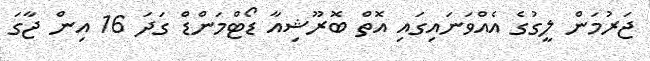
ޖަރުމަން ލީގުގެ އެއްވަނައިގައި އޮތް ބޮރޫޝިއާ ޑޯޓްމަންޑް ގަދަ 16 އިން ޖާގަ